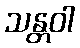
သန္တဝါ